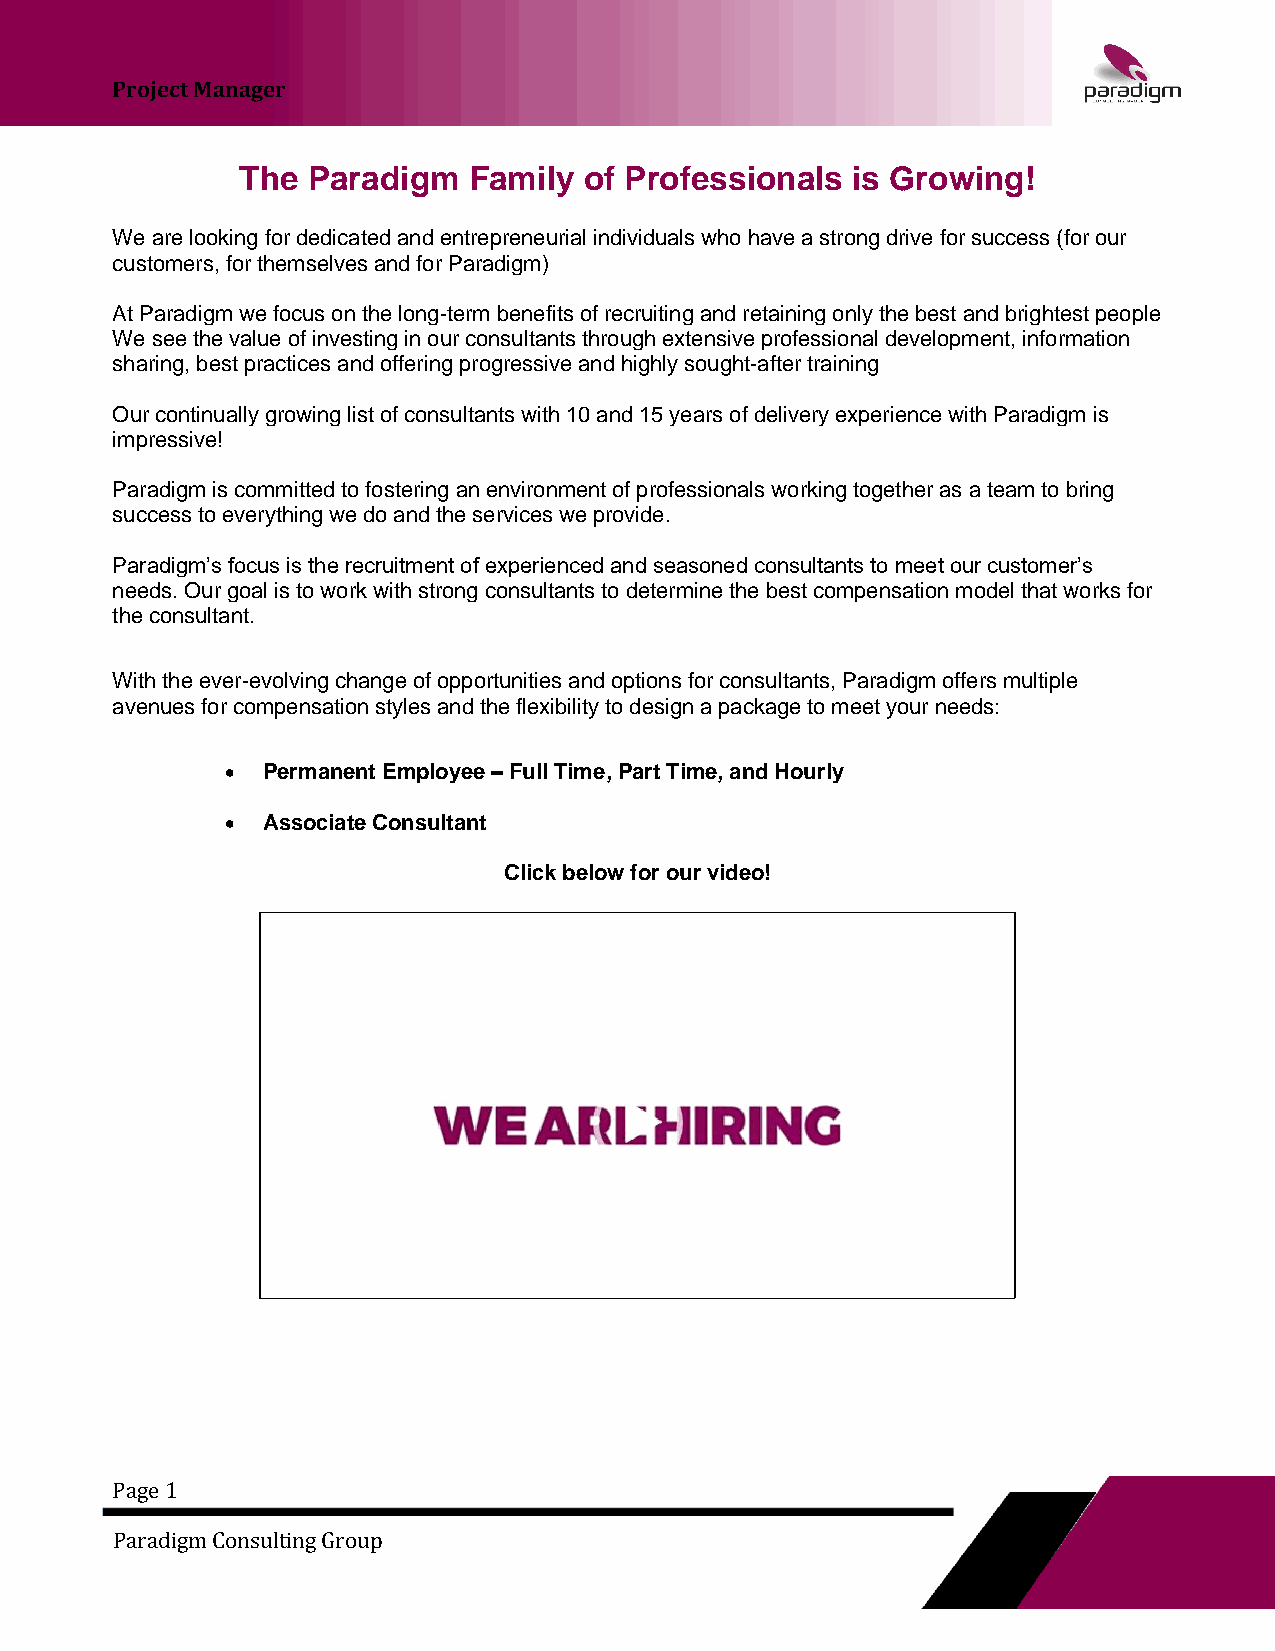
Project Manager
 The Paradigm   Family  of Professionals is Growing!
 We are looking for dedicated and entrepreneurial individuals who have a strong drive for success (for our
 customers, for themselves and for Paradigm)
 At Paradigm we focus on the long-term benefits of recruiting and retaining only the best and brightest people
 We see the value of investing in our consultants through extensive professional development, information
 sharing, best practices and offering progressive and highly sought-after training
 Our continually growing list of consultants with 10 and 15 years of delivery experience with Paradigm is
 impressive!
 Paradigm is committed to fostering an environment of professionals working together as a team to bring
 success to everything we do and the services we provide.
 Paradigm’s focus is the recruitment of experienced and seasoned consultants to meet our customer’s
 needs. Our goal is to work with strong consultants to determine the best compensation model that works for
 the consultant.
 With the ever-evolving change of opportunities and options for consultants, Paradigm offers multiple
 avenues for compensation styles and the flexibility to design a package to meet your needs:
 • Permanent Employee – Full Time, Part Time, and Hourly
 • Associate Consultant
 Click below for our video!
 Page 1
 Paradigm Consulting Group